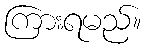
ကြားရမည်။